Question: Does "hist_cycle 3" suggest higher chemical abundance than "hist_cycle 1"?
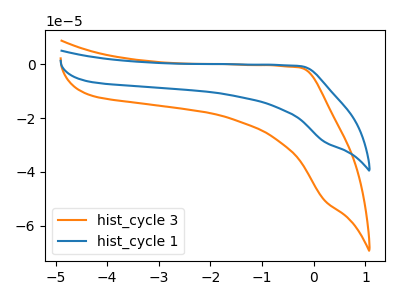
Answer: <think>The orange curve "hist_cycle 3" has no peaks. The blue curve "hist_cycle 1" has no peaks.
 Neither "hist_cycle 3" or "hist_cycle 1" have any peaks.</think>
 <answer>I cant tell if "hist_cycle 3" or "hist_cycle 1" has more signal.</answer>
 <eval>mixed_signal</eval>